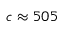
c \approx 5 0 5